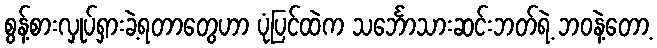
စွန့်စားလှုပ်ရှားခဲ့ရတာတွေဟာ ပုံပြင်ထဲက သင်္ဘောသားဆင်းဘတ်ရဲ့ ဘဝနဲ့တော့